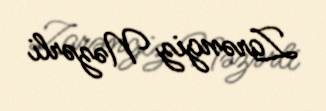
Zarəngiz Nəzərli